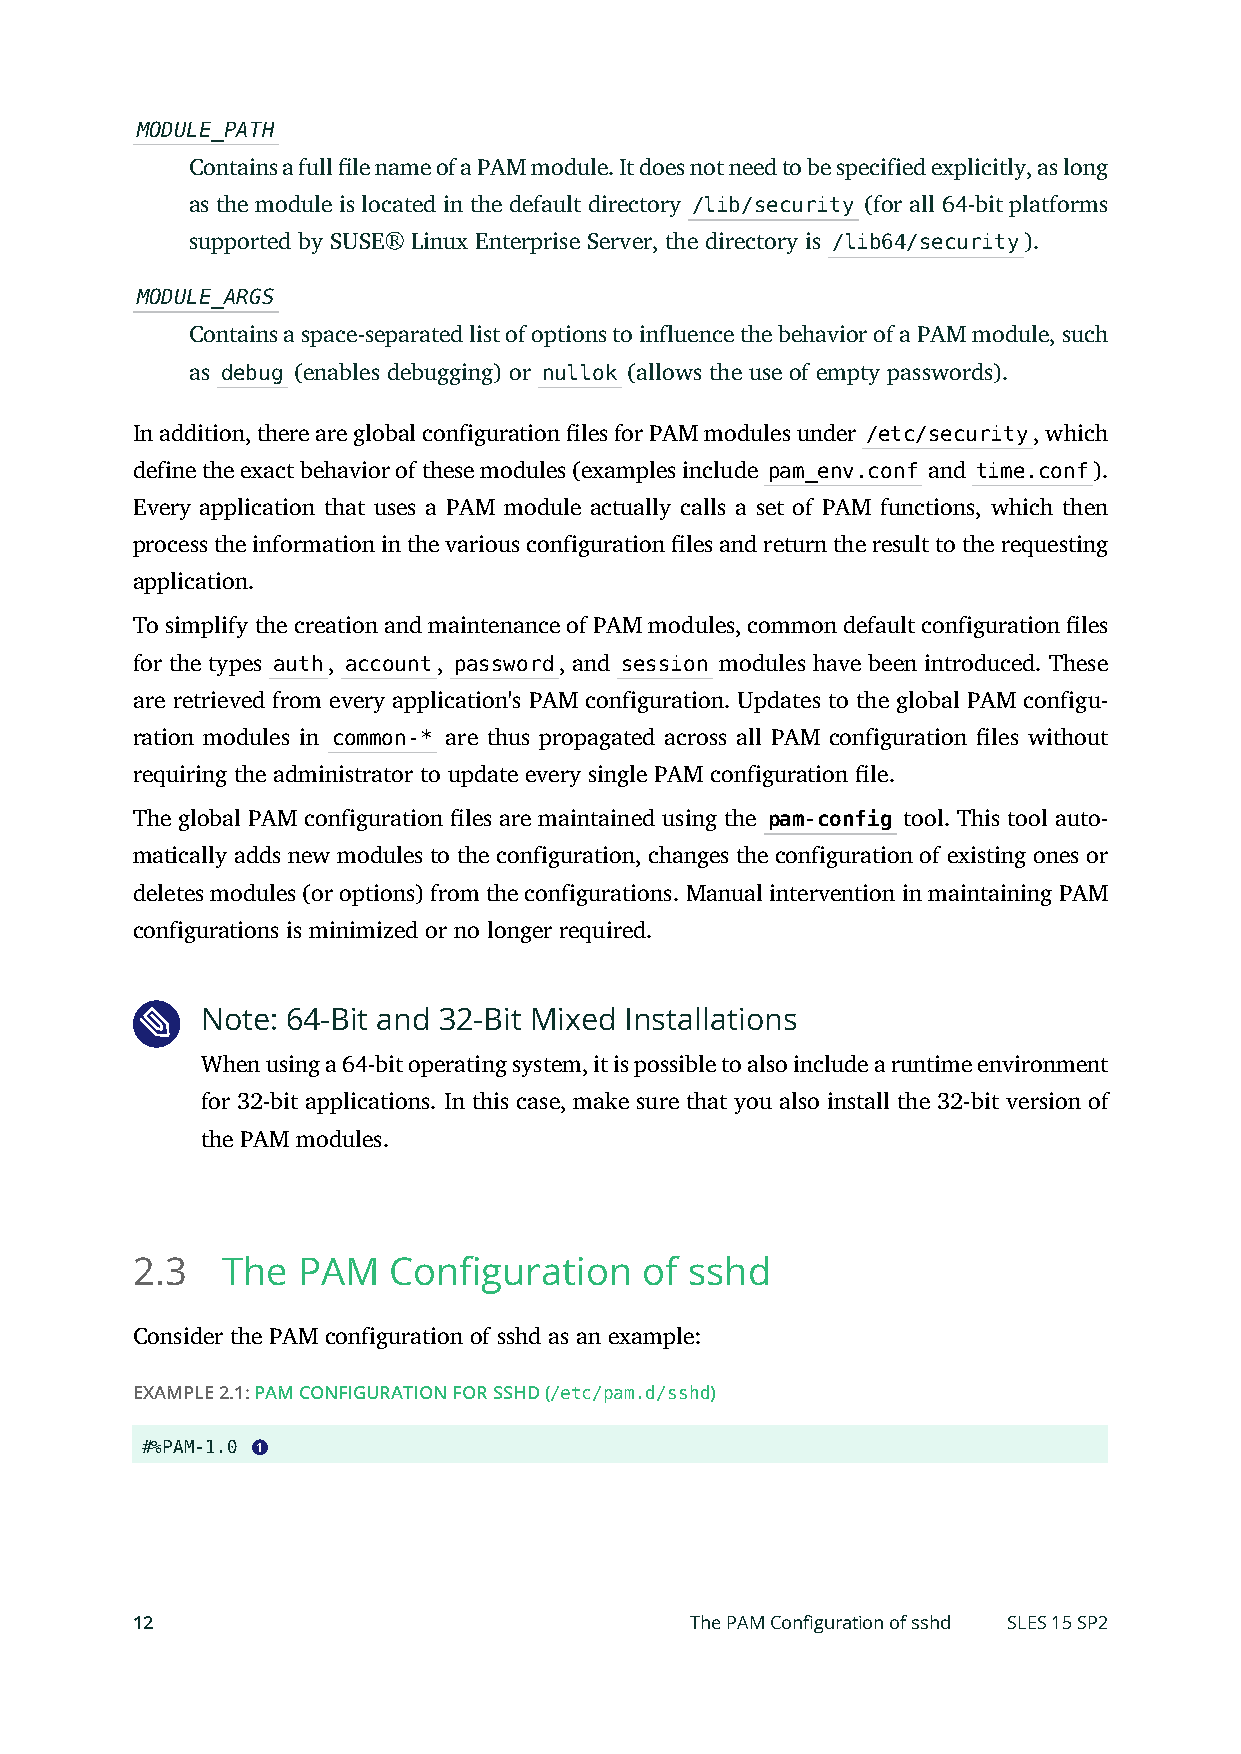
MODULE_PATH
 Contains a full le name of a PAM module. It does not need to be specified explicitly, as long
 as the module is located in the default directory /lib/security (for all 64-bit platforms
 supported by SUSE® Linux Enterprise Server, the directory is /lib64/security).
 MODULE_ARGS
 Contains a space-separated list of options to influence the behavior of a PAM module, such
 as debug (enables debugging) or nullok (allows the use of empty passwords).
 In addition, there are global configuration les for PAM modules under /etc/security, which
 define the exact behavior of these modules (examples include pam_env.conf and time.conf).
 Every application that uses a PAM module actually calls a set of PAM functions, which then
 process the information in the various configuration les and return the result to the requesting
 application.
 To simplify the creation and maintenance of PAM modules, common default configuration les
 for the types auth, account, password, and session modules have been introduced. These
 are retrieved from every application's PAM configuration. Updates to the global PAM configu-
 ration modules in common-* are thus propagated across all PAM configuration les without
 requiring the administrator to update every single PAM configuration le.
 The global PAM configuration les are maintained using the pam-config tool. This tool auto-
 matically adds new modules to the configuration, changes the configuration of existing ones or
 deletes modules (or options) from the configurations. Manual intervention in maintaining PAM
 configurations is minimized or no longer required.
 Note: 64-Bit and 32-Bit Mixed Installations
 When using a 64-bit operating system, it is possible to also include a runtime environment
 for 32-bit applications. In this case, make sure that you also install the 32-bit version of
 the PAM modules.
 2.3   The  PAM   Configuration   of  sshd
 Consider the PAM configuration of sshd as an example:
 EXAMPLE 2.1: PAM CONFIGURATION FOR SSHD (/etc/pam.d/sshd)
 #%PAM-1.0 1
 12                                   The PAM Configuration of sshd SLES 15 SP2